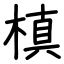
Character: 槙